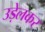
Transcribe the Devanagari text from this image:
उड़ेलकर